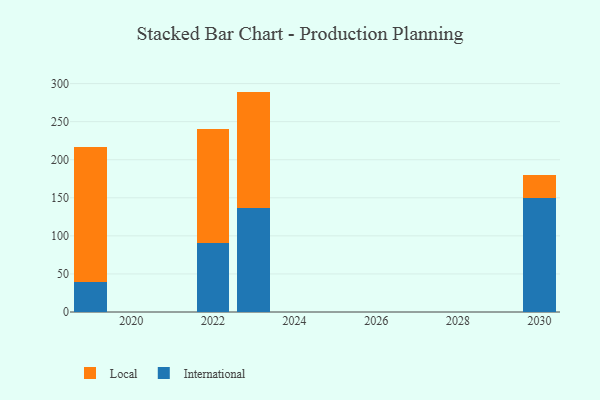
{"axis": {"x": "Year", "y": "Budget (USD K)"}, "legend": ["International", "Local"], "data": [{"x": "2023", "y": 136.5, "type": "International"}, {"x": "2023", "y": 153.0, "type": "Local"}, {"x": "2022", "y": 90.1, "type": "International"}, {"x": "2022", "y": 149.7, "type": "Local"}, {"x": "2030", "y": 149.4, "type": "International"}, {"x": "2030", "y": 30.5, "type": "Local"}, {"x": "2019", "y": 39.5, "type": "International"}, {"x": "2019", "y": 176.8, "type": "Local"}]}